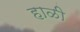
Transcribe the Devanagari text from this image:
हाळी